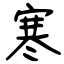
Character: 寒